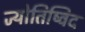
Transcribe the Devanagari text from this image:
ज्योतिष्विद